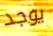
يوجد